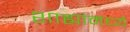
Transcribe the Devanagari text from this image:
शाह्यांमध्ये